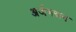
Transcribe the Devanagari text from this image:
अर्जभरून